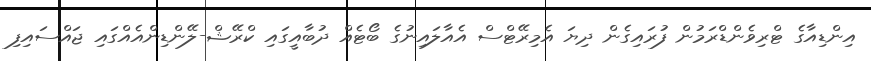
އިންޑިއާގެ ޓްރިވެންޑްރަމުން ފުރައިގެން ދިޔަ އެމިރޭޓްސް އެއާލައިނުގެ ބޯޓެއް ދުބާއީގައި ކްރޭޝް-ލޭންޑިންއެއްގައި ޖައްސައިފި